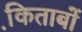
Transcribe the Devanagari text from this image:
कि़ताबों